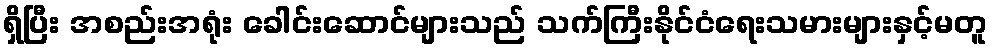
ရှိပြီး အစည်းအရုံး ခေါင်းဆောင်များသည် သက်ကြီးနိုင်ငံရေးသမားများနှင့်မတူ